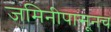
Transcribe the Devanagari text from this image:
जमिनीपासूनच